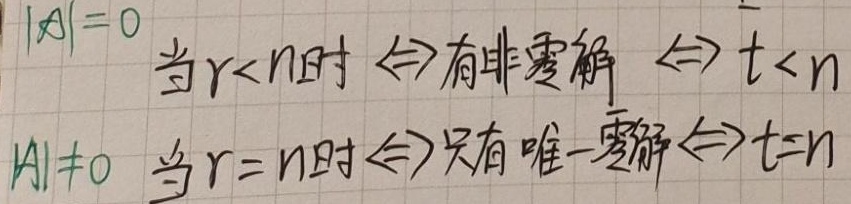
\[
\begin{align*}
|A| = 0 &\quad \text{当 }r < n\text{ 时} \Leftrightarrow \text{有非零解} \Leftrightarrow t < n\\
|A|\neq 0 &\quad \text{当 }r = n\text{ 时} \Leftrightarrow \text{只有唯一零解} \Leftrightarrow t = n
\end{align*}
\]